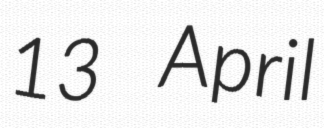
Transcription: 13 April